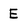
Character: E